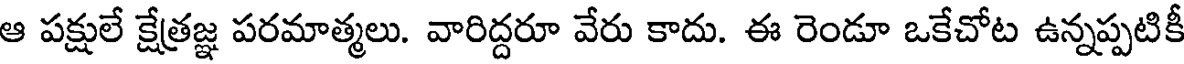
ఆ పక్షులే క్షేత్రజ్ఞ పరమాత్మలు. వారిద్దరూ వేరు కాదు. ఈ రెండూ ఒకేచోట ఉన్నప్పటికీ